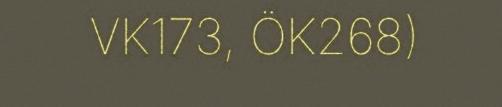
VK173, ÖK268)